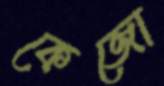
কেজো